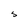
Character: S